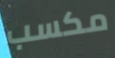
مكسب